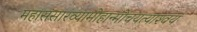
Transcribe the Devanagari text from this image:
महासंसारव्यामोहान्मोचयत्याश्‍वयं